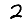
Digit: 2